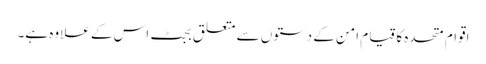
اقوام متحدہ کا قیامِ امن کے دستوں سے متعلق بجٹ اس کے علاوہ ہے۔